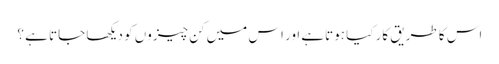
اس کا طریق کار کیا ہوتاہے اور اس میں کن چیزوں کو دیکھا جاتا ہے ؟